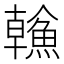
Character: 𩹼